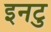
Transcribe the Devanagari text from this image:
इनटु